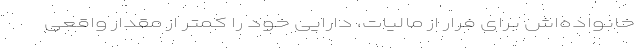
خانواده‌اش برای فرار از مالیات، دارایی خود را کمتر از مقدار واقعی